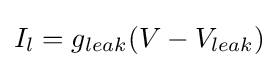
I_{l}=g_{leak}(V-V_{leak})